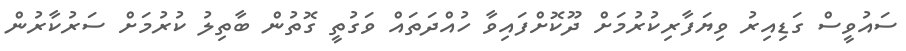
ސައުވީސް ގަޑިއިރު ވިޔަފާރިކުރުމަށް ދޫކޮށްފައިވާ ހުއްދަތައް ވަގުތީ ގޮތުން ބާތިލު ކުރުމަށް ސަރުކާރުން